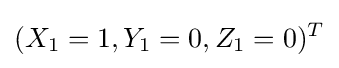
(X_{1}=1,Y_{1}=0,Z_{1}=0)^{T}